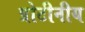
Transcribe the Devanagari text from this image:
प्रोटीनीय